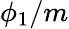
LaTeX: \phi_{1}/m